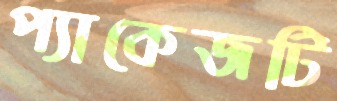
প্যাকেজটি